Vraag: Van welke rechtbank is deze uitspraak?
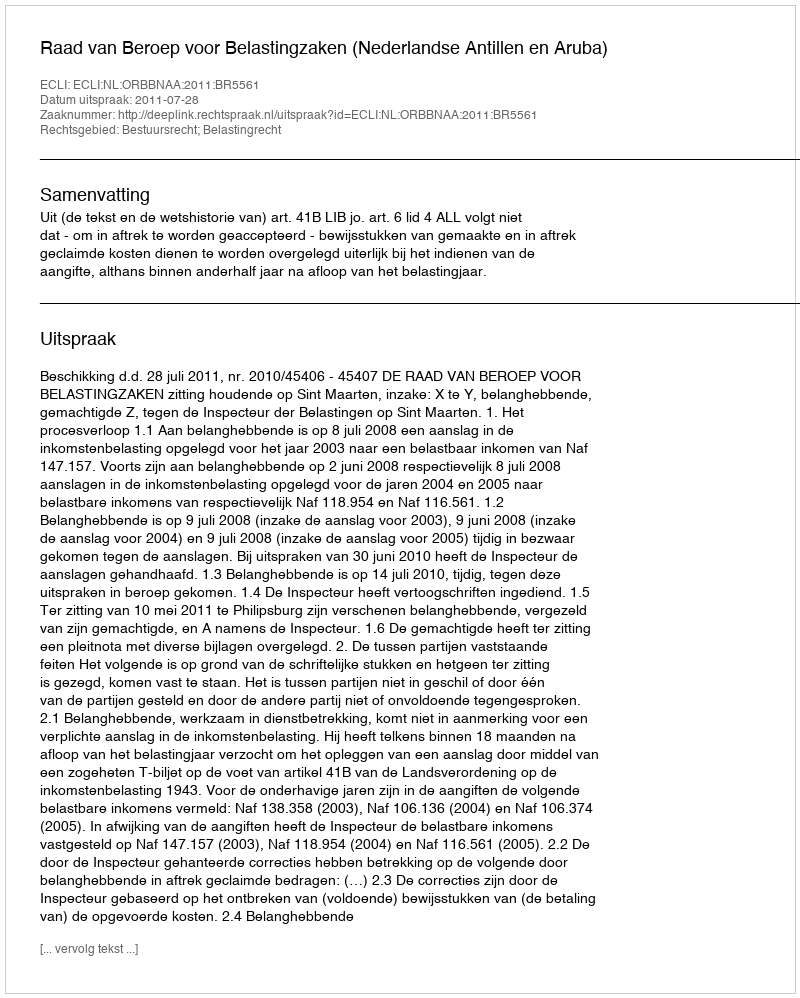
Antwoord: Raad van Beroep voor Belastingzaken (Nederlandse Antillen en Aruba)